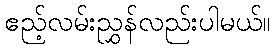
ဧည့်လမ်းညွှန်လည်းပါမယ်။